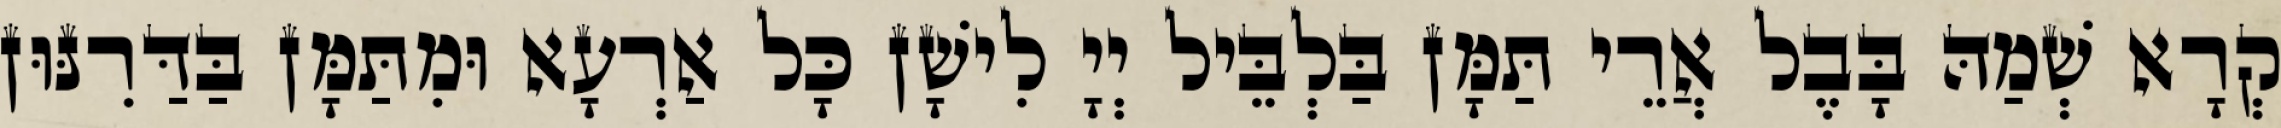
קְרָא שְׁמַהּ בָּבֶל אֲרֵי תַּמָּן בַּלְבֵּיל יְיָ לִישָׁן כָּל אַרְעָא וּמִתַּמָּן בַּדַּרִנּוּן